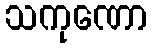
သကုဏော